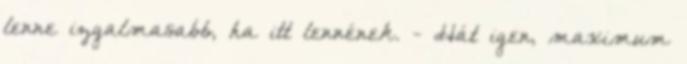
lenne izgalmasabb, ha itt lennének. - Hát igen, maximum